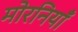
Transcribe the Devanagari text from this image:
मोरनियाँ